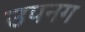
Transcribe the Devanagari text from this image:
उपनग